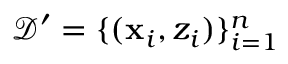
\mathbf { \mathcal { D } ^ { \prime } } = \{ ( \mathbf { x } _ { i } , z _ { i } ) \} _ { i = 1 } ^ { n }